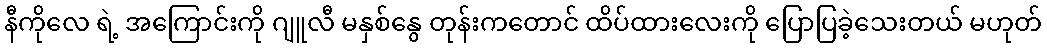
နီကိုလေ ရဲ့ အကြောင်းကို ဂျူလီ မနှစ်နွေ တုန်းကတောင် ထိပ်ထားလေးကို ပြောပြခဲ့သေးတယ် မဟုတ်